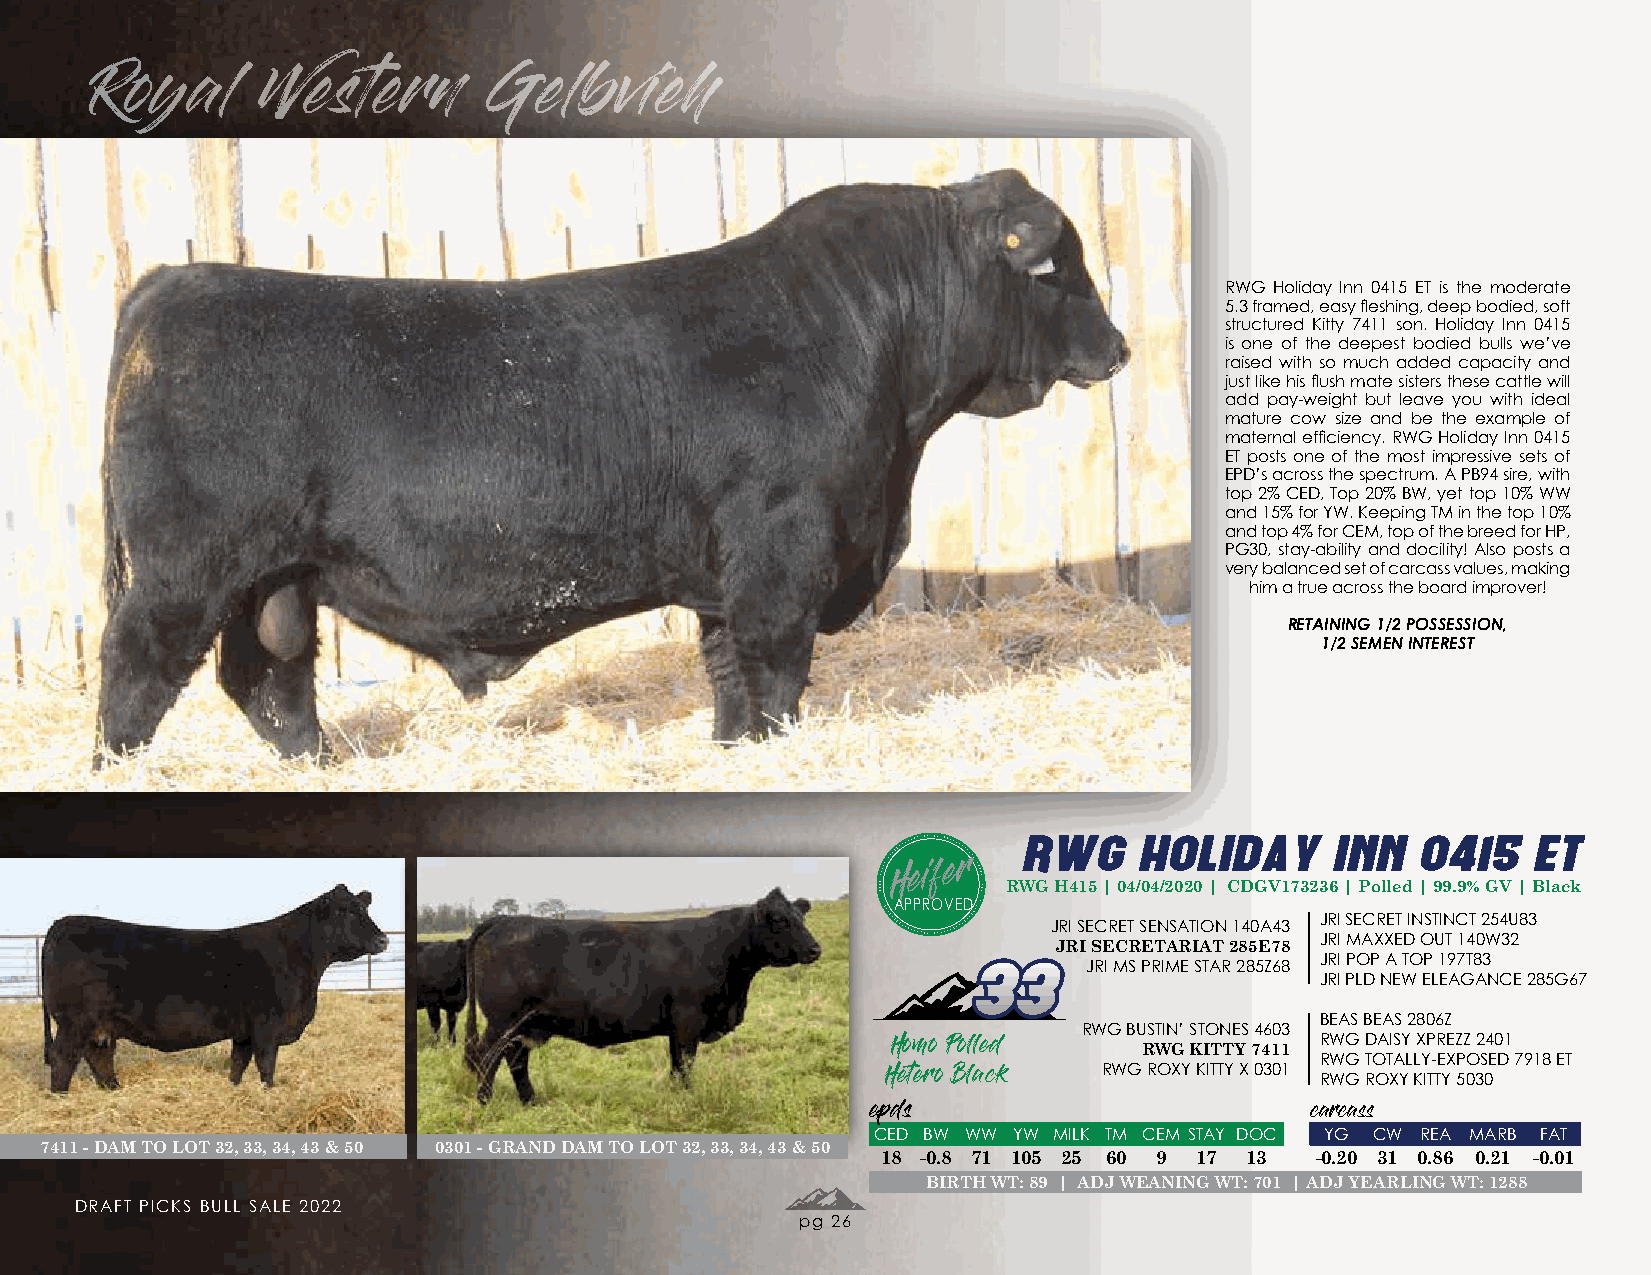
Royal      Western        Gelbvieh
 RWG Holiday Inn 0415 ET is the moderate
 5.3 framed, easy fleshing, deep bodied, soft
 structured Kitty 7411 son. Holiday Inn 0415
 is one of the deepest bodied bulls we’ve
 raised with so much added capacity and
 just like his flush mate sisters these cattle will
 add pay-weight but leave you with ideal
 mature cow size and be the example of
 maternal efficiency. RWG Holiday Inn 0415
 ET posts one of the most impressive sets of
 EPD’s across the spectrum. A PB94 sire, with
 top 2% CED, Top 20% BW, yet top 10% WW
 and 15% for YW. Keeping TM in the top 10%
 and top 4% for CEM, top of the breed for HP,
 PG30, stay-ability and docility! Also posts a
 very balanced set of carcass values, making
 him a true across the board improver!
 RETAINING 1/2 POSSESSION,
 1/2 SEMEN INTEREST
 RWG    HOLIDAY      INN   0415   ET
 Heifer  RWG H415 | 04/04/2020 | CDGV173236 | Polled | 99.9% GV | Black
 APPROVED
 JRI SECRET INSTINCT 254U83
 JRI SECRET SENSATION 140A43
 JRI SECRETARIAT 285E78 JRI MAXXED OUT 140W32
 3333                   JRI POP A TOP 197T83
 JRI MS PRIME STAR 285Z68
 JRI PLD NEW ELEAGANCE 285G67
 BEAS BEAS 2806Z
 RWG BUSTIN’ STONES 4603
 RWG DAISY XPREZZ 2401
 RWG KITTY 7411
 Homo Polled                 RWG TOTALLY-EXPOSED 7918 ET
 RWG ROXY KITTY X 0301
 Hetero Black                RWG ROXY KITTY 5030
 epds                         carcass
 CED BW WW YW MILK TM CEM STAY DOC YG CW REA MARB FAT
 7411 - DAM TO LOT 32, 33, 34, 43 & 50 0301 - GRAND DAM TO LOT 32, 33, 34, 43 & 50
 18 -0.8 71 105 25 60 9 17 13 -0.20 31 0.86 0.21 -0.01
 BIRTH WT: 89 | ADJ WEANING WT: 701 | ADJ YEARLING WT: 1288
 DRAFT PICKS BULL SALE 2022
 pg 26